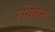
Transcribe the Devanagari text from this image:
रोंगेतस